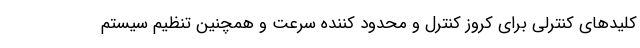
کلیدهای کنترلی برای کروز کنترل و محدود کننده سرعت و همچنین تنظیم سیستم